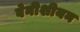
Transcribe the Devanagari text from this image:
वेनीशीयन